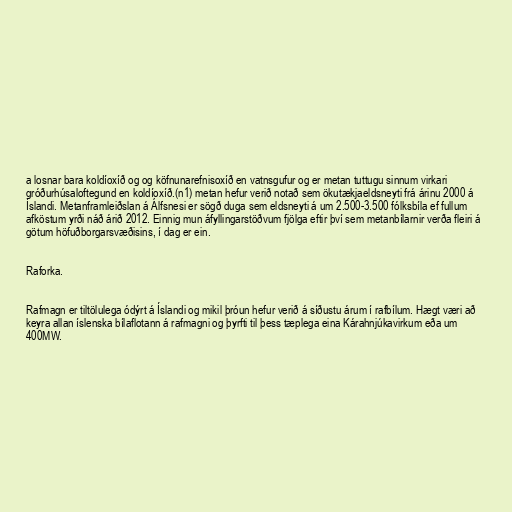
a losnar bara koldíoxíð og og köfnunarefnisoxíð en vatnsgufur og er metan tuttugu sinnum virkari
gróðurhúsaloftegund en koldíoxíð.(n1) metan hefur verið notað sem ökutækjaeldsneyti frá árinu 2000 á
Íslandi. Metanframleiðslan á Álfsnesi er sögð duga sem eldsneyti á um 2.500-3.500 fólksbíla ef fullum
afköstum yrði náð árið 2012. Einnig mun áfyllingarstöðvum fjölga eftir því sem metanbílarnir verða fleiri á
götum höfuðborgarsvæðisins, í dag er ein.

Raforka.

Rafmagn er tiltölulega ódýrt á Íslandi og mikil þróun hefur verið á síðustu árum í rafbílum. Hægt væri að
keyra allan íslenska bílaflotann á rafmagni og þyrfti til þess tæplega eina Kárahnjúkavirkum eða um
400MW.